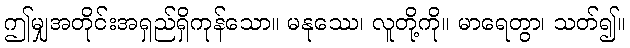
ဤမျှအတိုင်းအရှည်ရှိကုန်သော။ မနုဿေ၊ လူတို့ကို။ မာရေတွာ၊ သတ်၍။